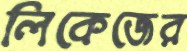
লিকেজের